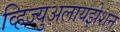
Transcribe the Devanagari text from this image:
व्हिज्युअलायझेशन